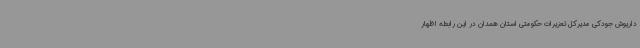
داریوش جودکی مدیرکل تعزیرات حکومتی استان همدان در این رابطه اظهار